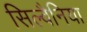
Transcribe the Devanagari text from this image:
सिल्वैनिया